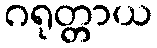
ဂရုတ္တာယ